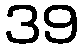
39